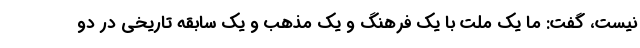
نیست، گفت: ما یک ملت با یک فرهنگ و یک مذهب و یک سابقه تاریخی در دو